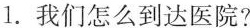
1.我们怎么到达医院？